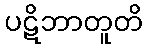
ပဋိဘာတူတိ